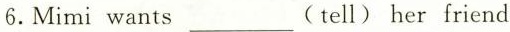
6.Mimiwants___(tell) her friend